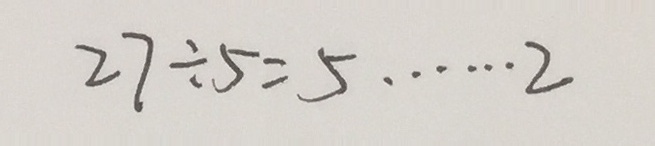
2 7 \div 5 = 5 \cdots 2